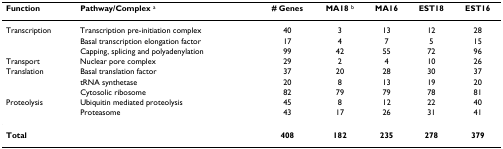
| Function | Pathway/Complex a | # Genes | MA18 b | MA16 | EST18 | EST16 |
 | --- | --- | --- | --- | --- | --- | --- |
 | Transcription | Transcription pre-initiation complex | 40 | 3 | 13 | 12 | 28 |
 |  | Basal transcription elongation factor | 17 | 4 | 7 | 5 | 15 |
 |  | Capping, splicing and polyadenylation | 99 | 42 | 55 | 72 | 96 |
 | Transport | Nuclear pore complex | 29 | 2 | 4 | 10 | 26 |
 | Translation | Basal translation factor | 37 | 20 | 28 | 30 | 37 |
 |  | tRNA synthetase | 20 | 8 | 13 | 19 | 20 |
 |  | Cytosolic ribosome | 82 | 79 | 79 | 78 | 81 |
 | Proteolysis | Ubiquitin mediated proteolysis | 45 | 8 | 12 | 22 | 40 |
 |  | Proteasome | 43 | 17 | 26 | 31 | 41 |
 | Total |  | 408 | 182 | 235 | 278 | 379 |